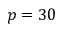
p = 3 0